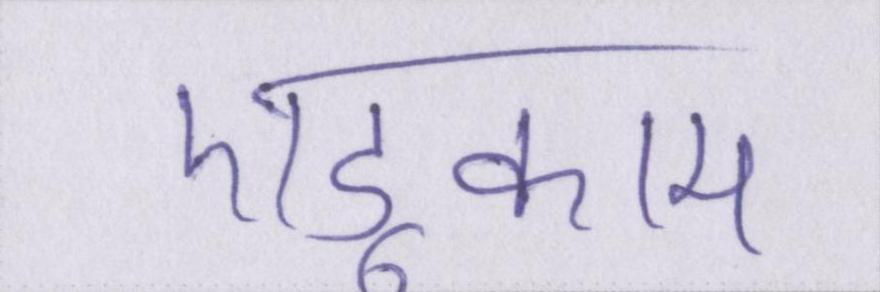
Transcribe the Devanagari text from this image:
एडूकाम